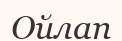
Ойлап